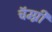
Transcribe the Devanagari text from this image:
चॅम्प्नी